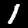
Label: 1